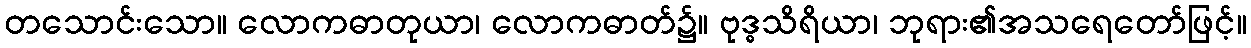
တသောင်းသော။ လောကဓာတုယာ၊ လောကဓာတ်၌။ ဗုဒ္ဓသိရိယာ၊ ဘုရား၏အသရေတော်ဖြင့်။